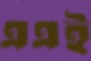
এএই